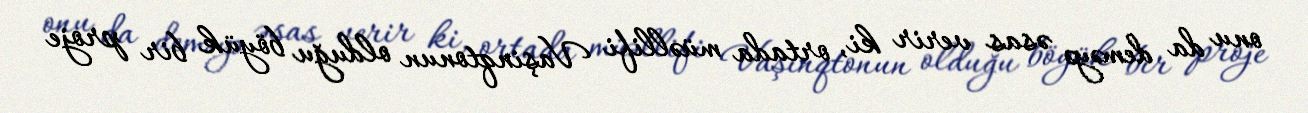
onu da deməyə əsas verir ki, ortada müəllifi Vaşinqtonun olduğu böyük bir proje